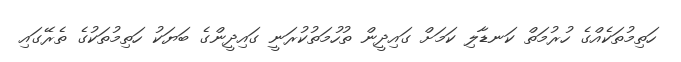
ހަތިމުތަކެއްގެ ހުރުމަތް ކަނޑާލި ކަމަށް ގައިދީން ތުހުމަތުކުރަނީ ގައިދީންގެ ބަޔަކު ހަތިމުތަކުގެ ތެރޭގައި